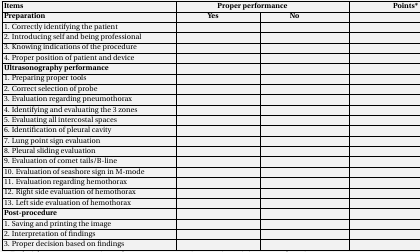
<table><thead><tr><td><b>Items</b></td><td colspan="2"><b>Proper performance</b></td><td><b>Points<sup>*</sup></b></td></tr><tr><td><b>Preparation </b></td><td><b>Yes</b></td><td><b>No</b></td><td></td></tr></thead><tbody><tr><td>1. Correctly identifying the patient</td><td></td><td></td><td></td></tr><tr><td>2. Introducing self and being professional</td><td></td><td></td><td></td></tr><tr><td>3. Knowing indications of the procedure</td><td></td><td></td><td></td></tr><tr><td>4. Proper position of patient and device</td><td></td><td></td><td></td></tr><tr><td><b>Ultrasonography performance</b></td><td></td><td></td><td></td></tr><tr><td>1. Preparing proper tools</td><td></td><td></td><td></td></tr><tr><td>2. Correct selection of probe</td><td></td><td></td><td></td></tr><tr><td>3. Evaluation regarding pneumothorax</td><td></td><td></td><td></td></tr><tr><td>4. Identifying and evaluating the 3 zones</td><td></td><td></td><td></td></tr><tr><td>5. Evaluating all intercostal spaces</td><td></td><td></td><td></td></tr><tr><td>6. Identification of pleural cavity</td><td></td><td></td><td></td></tr><tr><td>7. Lung point sign evaluation</td><td></td><td></td><td></td></tr><tr><td>8. Pleural sliding evaluation</td><td></td><td></td><td></td></tr><tr><td>9. Evaluation of comet tails/B-line</td><td></td><td></td><td></td></tr><tr><td>10. Evaluation of seashore sign in M-mode</td><td></td><td></td><td></td></tr><tr><td>11. Evaluation regarding hemothorax</td><td></td><td></td><td></td></tr><tr><td>12. Right side evaluation of hemothorax </td><td></td><td></td><td></td></tr><tr><td>13. Left side evaluation of hemothorax</td><td></td><td></td><td></td></tr><tr><td><b>Post-procedure</b></td><td></td><td></td><td></td></tr><tr><td>1. Saving and printing the image</td><td></td><td></td><td></td></tr><tr><td>2. Interpretation of findings</td><td></td><td></td><td></td></tr><tr><td>3. Proper decision based on findings</td><td></td><td></td><td></td></tr></tbody></table>